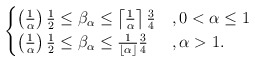
\begin{align*}\begin{cases} \left(\frac{1}{\alpha}\right) \frac{1}{2} \leq \beta_\alpha \leq \left\lceil{\frac{1}{\alpha}}\right\rceil \frac{3}{4}&,0<\alpha \leq 1\\ \left(\frac{1}{\alpha}\right) \frac{1}{2} \leq \beta_\alpha \leq \frac{1}{\left\lfloor\alpha\right\rfloor} \frac{3}{4}&,\alpha>1.\end{cases}\end{align*}